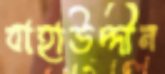
বাহাউদ্দীন